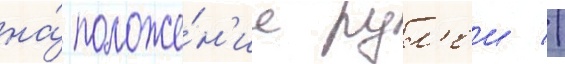
на́ положе́н'ие рул'еи //